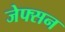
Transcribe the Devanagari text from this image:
जेफ्सन